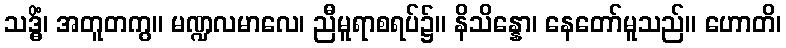
သဒ္ဓိံ၊ အတူတကွ။ မဏ္ဍလမာလေ၊ ညီမူရာစရပ်၌။ နိသိန္နော၊ နေတော်မူသည်။ ဟောတိ၊